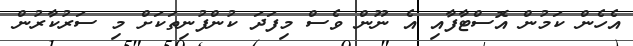
އެހެން ކަމުން އޮސްޓާފާއި އެ ނޫން ވެސް މިފަދަ ކުންފުނިތަކަށް މި ސަރުކާރުން